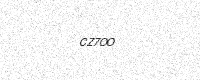
Text: CZ7OO